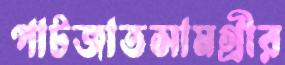
পাটজাতসামগ্রীর